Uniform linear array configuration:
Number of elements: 48
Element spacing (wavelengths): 0.75
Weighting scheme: binomial
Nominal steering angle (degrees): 15
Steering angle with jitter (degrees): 14.575
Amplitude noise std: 0.05
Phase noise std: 0.05

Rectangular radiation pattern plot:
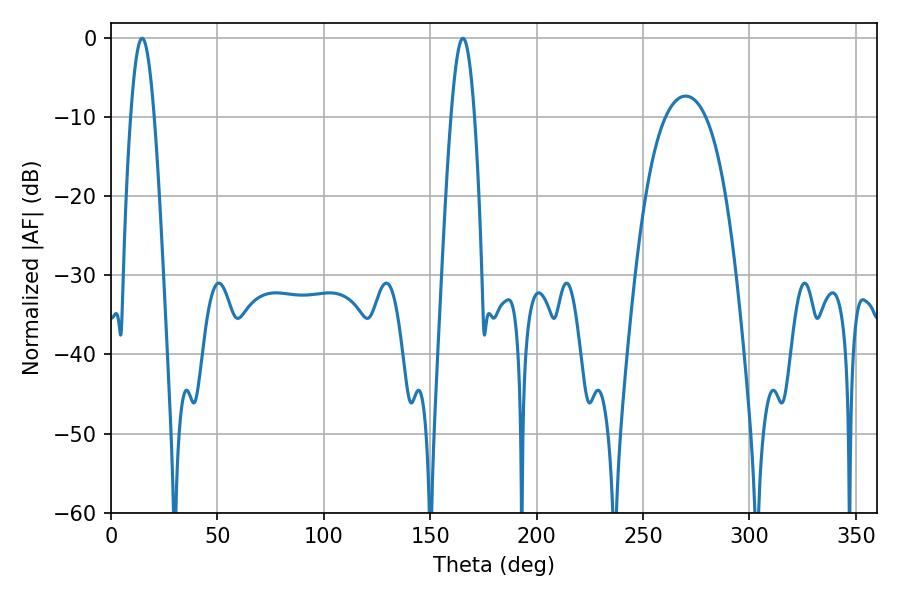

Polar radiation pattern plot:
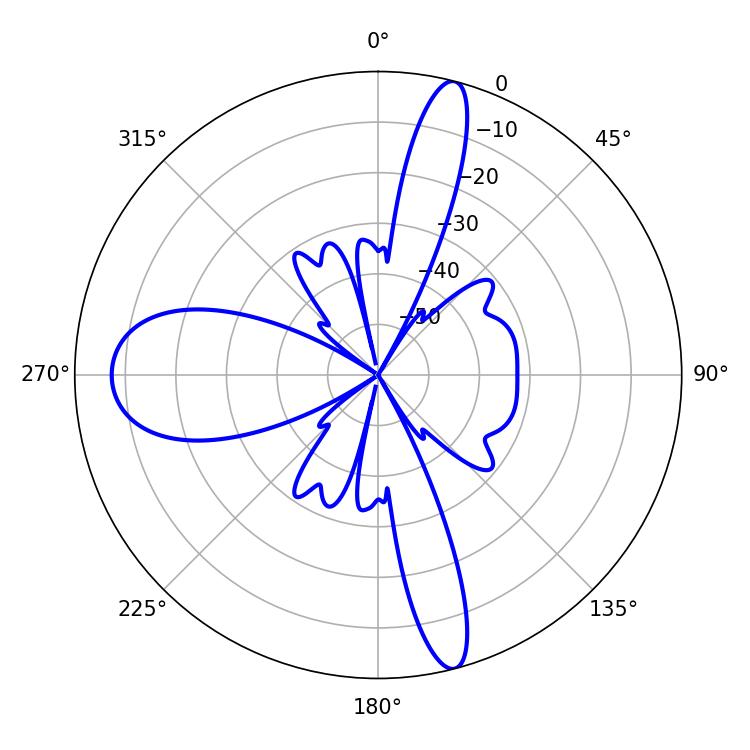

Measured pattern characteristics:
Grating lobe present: TRUE
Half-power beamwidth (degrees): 5.94
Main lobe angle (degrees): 165.42